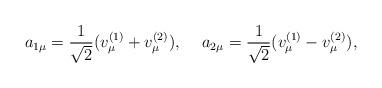
LaTeX: \begin{align*}a_{1\mu}=\frac{1}{\sqrt{2}}(v^{(1)}_\mu+v^{(2)}_\mu),\hspace{5mm}a_{2\mu}=\frac{1}{\sqrt{2}}(v^{(1)}_\mu-v^{(2)}_\mu),\end{align*}